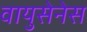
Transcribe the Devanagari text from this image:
वायुसेनेस